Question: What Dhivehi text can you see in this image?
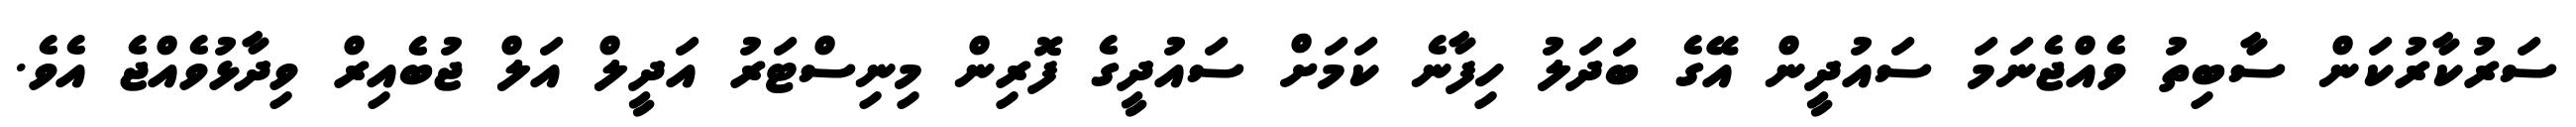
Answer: ސަރުކާރުކަން ސާބިތު ވެއްޖެނަމަ ސައުދީން އޭގެ ބަދަލު ހިފާނެ ކަމަށް ސައުދީގެ ފޮރިން މިނިސްޓަރު އަދީލް އަލް ޖުބެއިރް ވިދާޅުވެއްޖެ އެވެ.